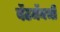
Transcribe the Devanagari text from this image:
बॅटमॅनची